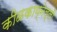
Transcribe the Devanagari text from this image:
कीळकाय्नेल्ली